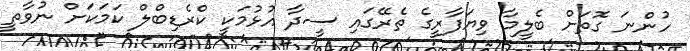
ހުންނަ ގޮތަށް ބެލީމާ ވިޔަފާރީގެ ތެރޭގައި ސީދާ އުޅުމަކީ ކްރެޑިބްލް ކަމަކަށް ނުވާތީ